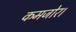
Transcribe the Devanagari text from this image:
कमजोर।